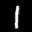
Label: 1